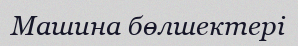
Машина бөлшектері